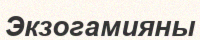
Экзогамияны